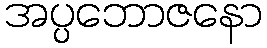
အပ္ပဘောဇနော